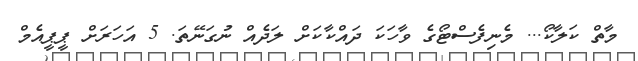
މާތް ކަލާކޯ... މެނިފެސްޓޯގެ ވާހަކަ ދައްކާކަށް ލަދެއް ނުގަނޭތަ. 5 އަހަރަށް ޕީޕީއެމް